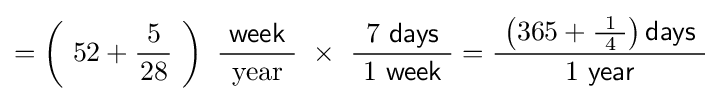
=\left(\ 52+{\frac {\ 5\ }{28}}\ \right)\ {\frac {\ {\mathsf {week}}\ }{\text{year}}}\ \times \ {\frac {\ 7\ {\mathsf {days}}\ }{\ 1\ {\mathsf {week}}\ }}={\frac {\ \left(365+{\tfrac {\ 1\ }{4}}\right){\mathsf {days}}\ }{\ 1\ {\mathsf {year}}\ }}